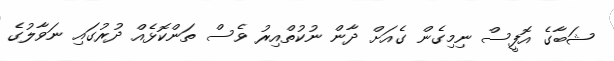
ޝަބާގެ އޮފީސް ނިމިގެން ގެއަށް ދާން ނުކުތްއިރު ވެސް ތަންކޮޅެއް ދުރުގައި ނަވާލުގެ